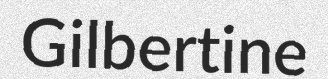
Gilbertine